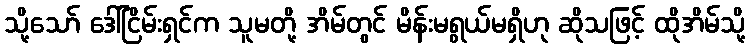
သို့သော် ဒေါ်ငြိမ်းရှင်က သူမတို့ အိမ်တွင် မိန်းမရွယ်မရှိဟု ဆိုသဖြင့် ထိုအိမ်သို့